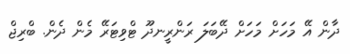
ދާން އޭ މަހަށް މަހަށް ދޭބަލަ ރަންރީނދޫ ޓްވިޓަރޭ މެން ދެން. ބްރިޖް